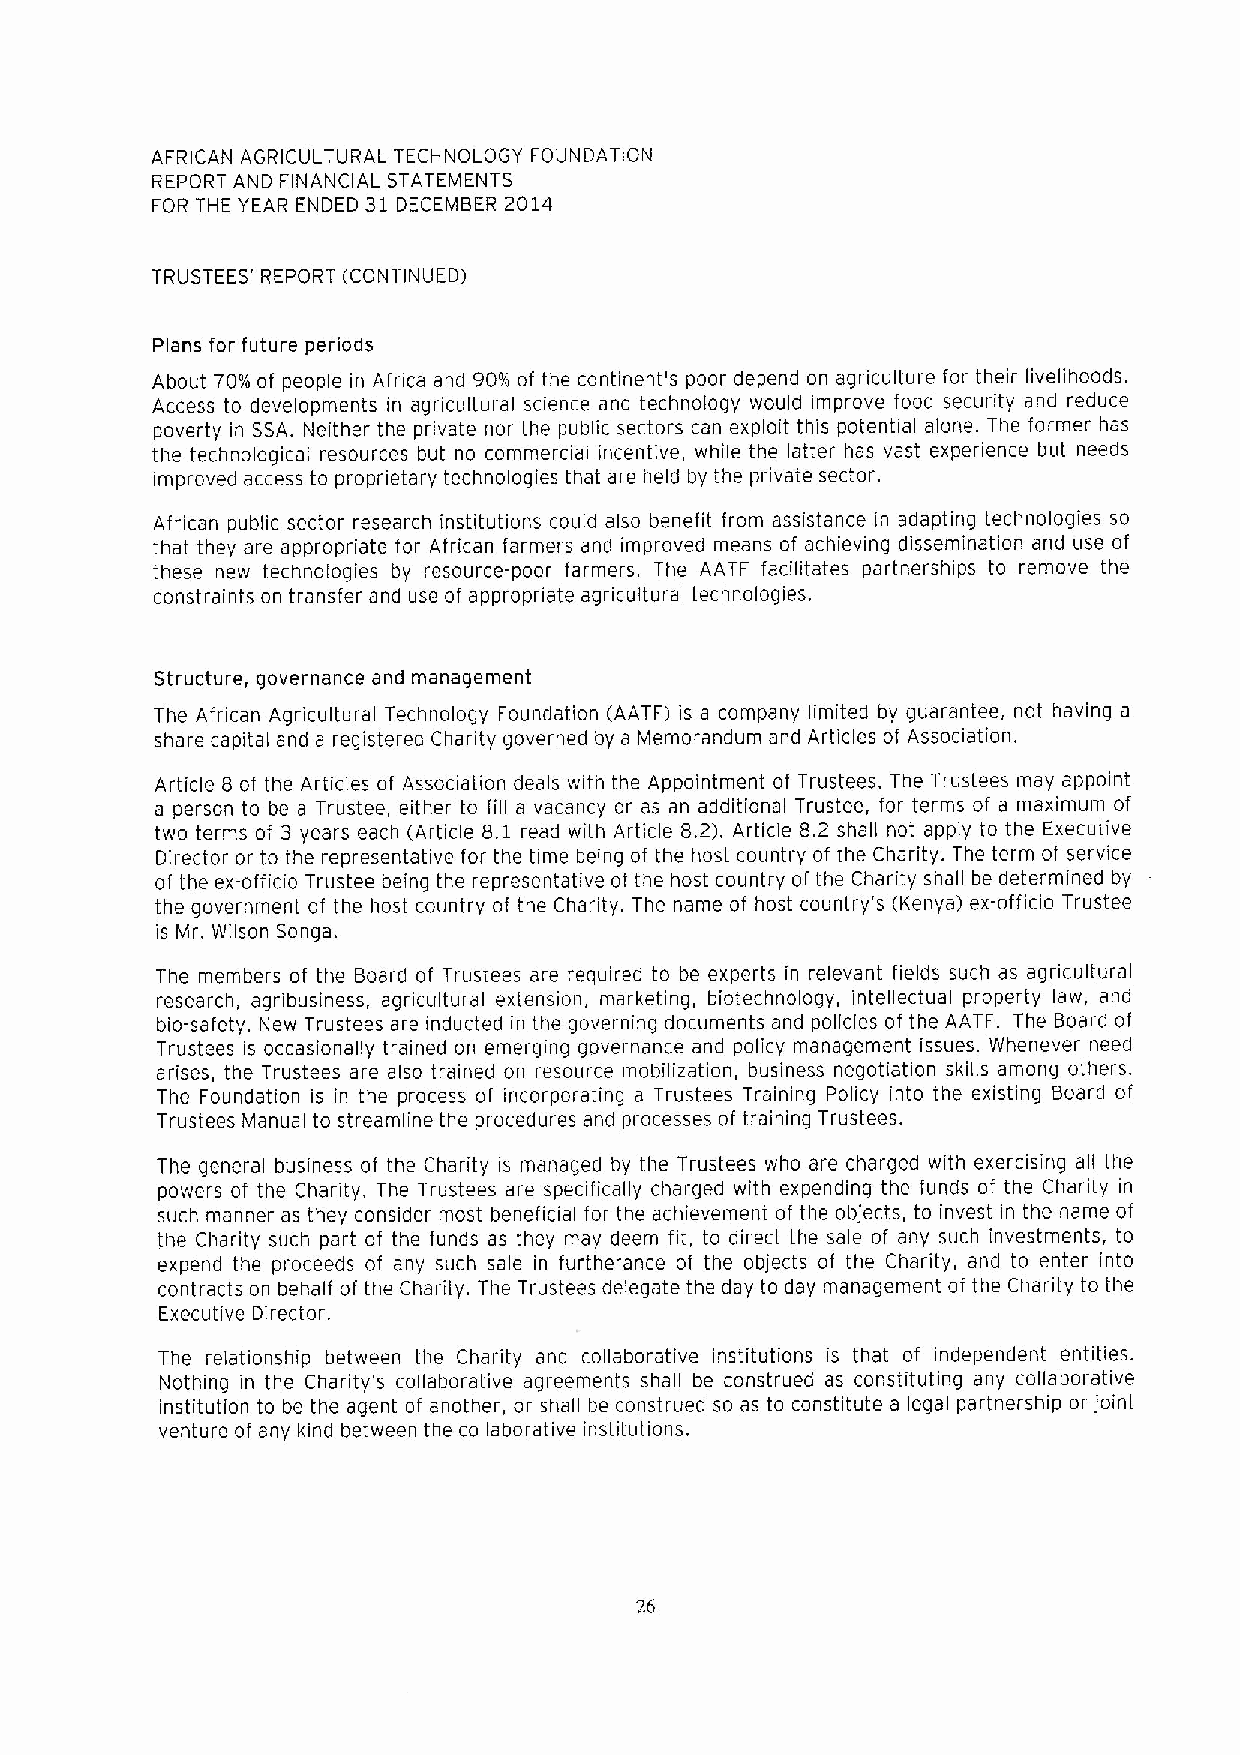
AFRICAN AGRICULTURAL TECHNOLOGY FOUNDATION
 REPOR1 AND FINANCIAL STATEMENTS
 FOR THE YEAR ENDED 31 DECEMBER 2014
 TRUSTEES' REPORT (CONTINUED1
 Plans for future periods
 About 70%of people in Africa and 90%of the continent's poor depend on aqriculture for their livelihoods,
 Access to developments in agricultural science and technology would improve food security and reduce
 poverty in SSA. Neither the private nor the public sectors can exploit this potential alone. The former has
 the technological resources but no commercial incentive, while the latter has vast experience but needs
 improved access to proprietary technoloqies that are held by the private sector.
 African public sector research institutions could also benefit from assistance in adapting technoloqies so
 that they are appropriate for African farmers and improved means of achievinq dissemination and use of
 these new technoloqies by resource-poor farmers. The AATF facilitates partnerships to remove the
 constraints on transfer and use of appropriate agricultural technoloqies.
 Structure, qovernance and manaqement
 The African Aqricultural Technology Foundation (AATF) is a company limited by guarantee, not having a
 share capital and a registered Charity qoverned by a Memorandum and Articles of Association.
 Article 8 of the Articles of Association deals with the Appointment of Trustees. The Trustees may appoint
 a person to be a Trustee, either to fill a vacancy or as an additional Trustee, for terms of a maximum of
 two terms of 3 years each (Article B.l read with Ai ticle 8.21. Article 8.2 shall not apply to the Executive
 Director or to the representative for the time being of the host country of the Charity. The term of service
 of the ex-officio Trustee beinq the representative of the host country of the Charity shall be determined by
 the government of the host country of the Charity. The name of host country's (Kenyaj ex-officio Trustee
 is Mr. Wilson Songa.
 The members of the Board of Trustees are required to be experts in relevant fields such as agricultural
 research, agribusiness, aqricultural extension, marketing, biotechnoloqy, intellectual property law, and
 bio-safety. New Trustees are inducted in the governing documents and policies of the AATF. The Board of
 1rustees is occasionally trained on emerginq governance and policy manaqement issues. Whenever need
 arises, the Trustees are also trained on resource mobilization, business negotiation skills among others.
 The Foundation is in the process of incorporating a Trustees Traininq Policy into the existing Board of
 Trustees Manual to streamline the procedures and processes of traininq Trustees.
 The qeneral business of the Charity is managed by the Trustees who are charqed with exercising all the
 powers of the Charity, The Trustees are specifically charged with expending the funds of the Charity in
 such manner as they consider most beneficial for the achievement of the objects, to invest in the name of
 the Charity such part of the funds as they may deem fit, to direct the sale of any such investments, to
 expend the proceeds of any such sale in furtherance of the objects of the Charity, and to enter into
 contracts on behalf of the Charity. The Trustees delegate the day to day management of the Charity to the
 Executive Director.
 The relationship between the Charity and collaborative institutions is that of independent entities.
 Nothing in the Charity's collaborative agreements shall be construed as constituting any collaborative
 institution to be the agent of another, or shall be construed so as to constitute a leqal partnership or joint
 venture of any kind between the collaborative institutions.